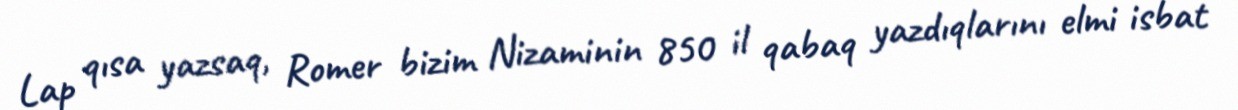
Lap qısa yazsaq, Romer bizim Nizaminin 850 il qabaq yazdıqlarını elmi isbat